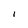
Character: I